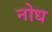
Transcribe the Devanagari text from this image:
नोध